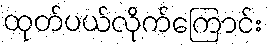
ထုတ်ပယ်လိုက်ကြောင်း